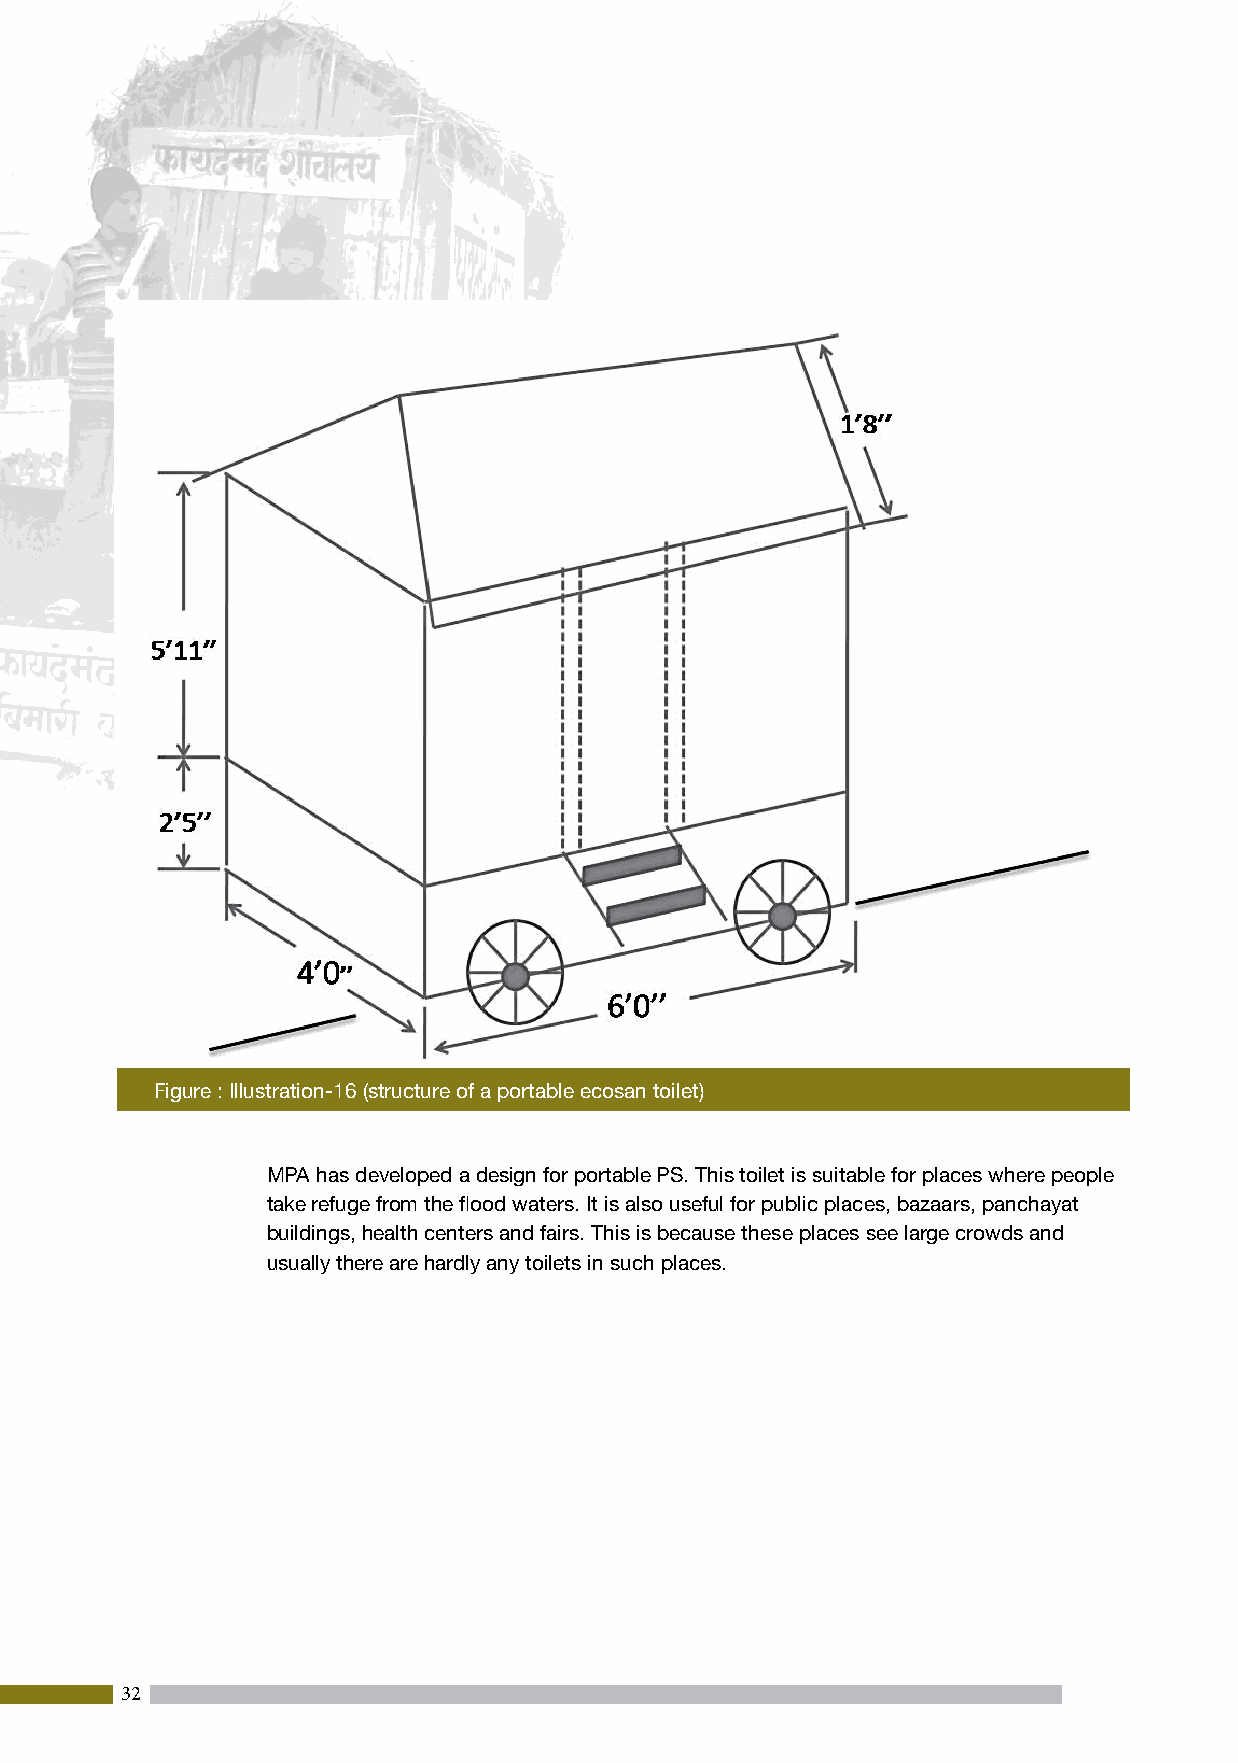
Figure : Illustration-16 (structure of a portable ecosan toilet)
 MPA has developed a design for portable PS. This toilet is suitable for places where people
 take refuge from the flood waters. It is also useful for public places, bazaars, panchayat
 buildings, health centers and fairs. This is because these places see large crowds and
 usually there are hardly any toilets in such places.
 32